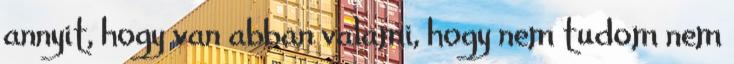
annyit, hogy van abban valami, hogy nem tudom nem